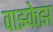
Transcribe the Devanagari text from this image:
वाझ्केझ